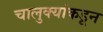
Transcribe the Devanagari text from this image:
चालुक्यांकडून